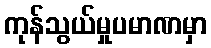
ကုန်သွယ်မှုပမာဏမှာ